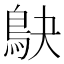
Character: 鴃